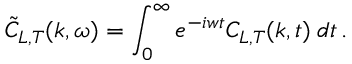
\tilde { C } _ { L , T } ( \boldsymbol { k } , \omega ) = \int _ { 0 } ^ { \infty } e ^ { - i w t } C _ { L , T } ( \boldsymbol { k } , t ) \: d t \, .